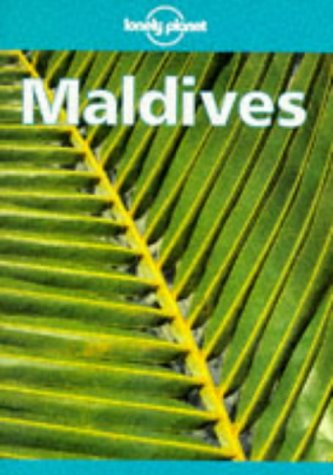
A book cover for Lonely Planet Maldives (3rd ed); James Lyon; Travel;